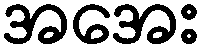
အအေး